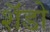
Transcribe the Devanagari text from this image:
शॅडो